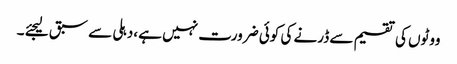
ووٹوں کی تقسیم سے ڈرنے کی کوئی ضرورت نہیں ہے ،دہلی سے سبق لیجئے ۔